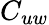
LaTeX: C_{uw}